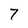
Character: 7